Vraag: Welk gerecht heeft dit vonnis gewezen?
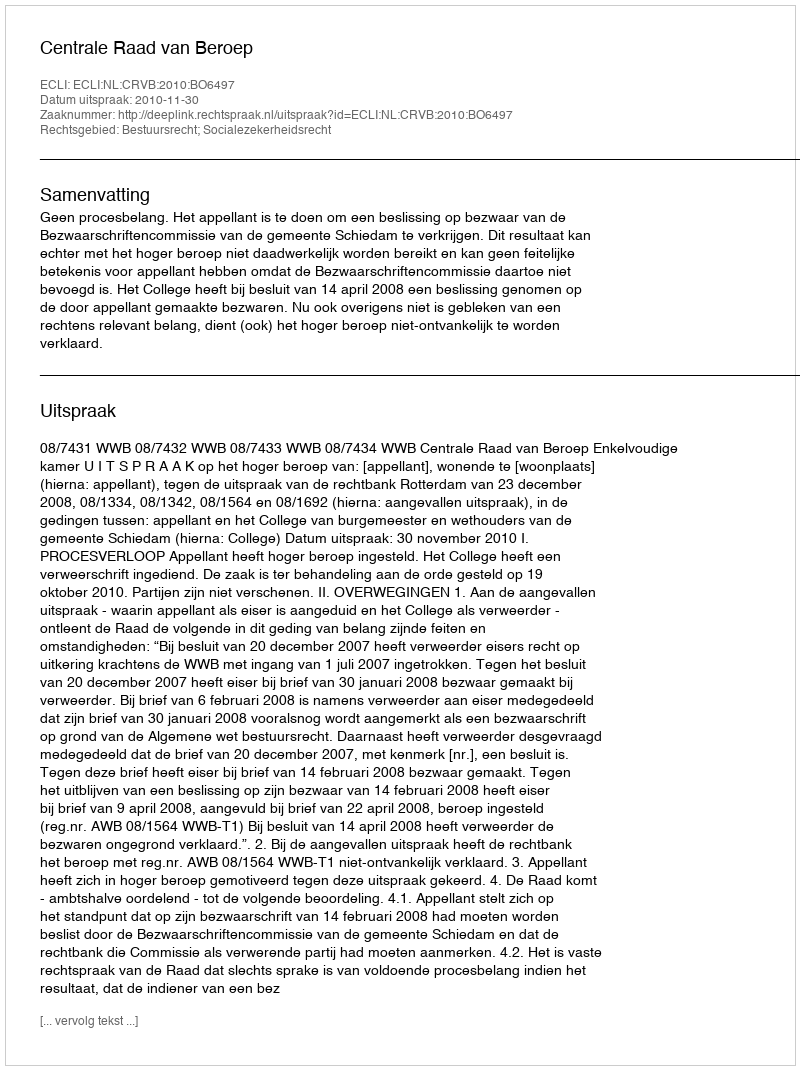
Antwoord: Centrale Raad van Beroep